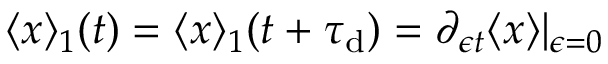
\langle x \rangle _ { 1 } ( t ) = \langle x \rangle _ { 1 } ( t + \tau _ { \mathrm { d } } ) = \partial _ { \epsilon t } \langle x \rangle | _ { \epsilon = 0 }